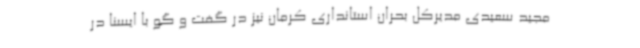
مجید سعیدی مدیرکل بحران استانداری کرمان نیز در گفت و گو با ایسنا در